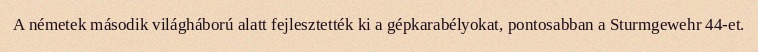
A németek második világháború alatt fejlesztették ki a gépkarabélyokat, pontosabban a Sturmgewehr 44-et.